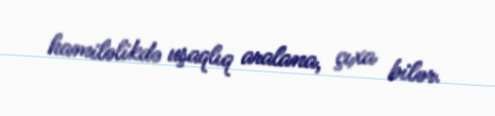
hamiləlikdə uşaqlıq aralana, çıxa bilər.